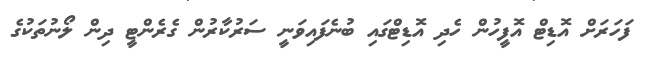
ފަހަރަށް އޮޑިޓް އޮފީހުން ހެދި އޮޑިޓްގައި ބުނެފައިވަނީ ސަރުކާރުން ގެރެންޓީ ދިން ލޯނުތަކުގެ